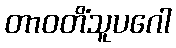
တာဝတိံသူပဂေါ